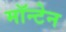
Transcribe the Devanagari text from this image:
मॉन्टेन